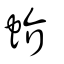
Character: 蚧